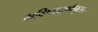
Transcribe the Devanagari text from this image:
भविष्यवाणीनुसार